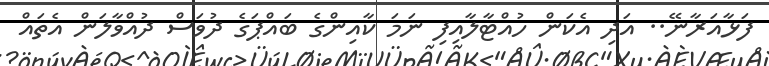
ފަޅާއަރާނޭ.. އަދި އެކަން ހުއްޓާލާއިފި ނަމަ ކާއިންގެ ބައްޕަގެ ދުވަސް ދުއްވާލަން އެތައް